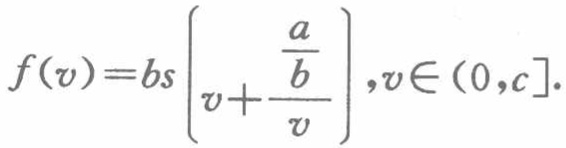
\[f(v)=bs\left(v + \frac{a}{b v}\right),v\in(0,c].\]